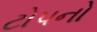
ટોપનો